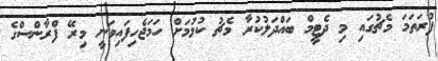
ފުރަތަމަ މެޗުގައި މި ދެޓީމް ބައްދަލުކުރާ މެޗު ކުޅުމަށް ހަމަޖެހިފައިވަނީ މިރޭ ފްރާންސްގެ